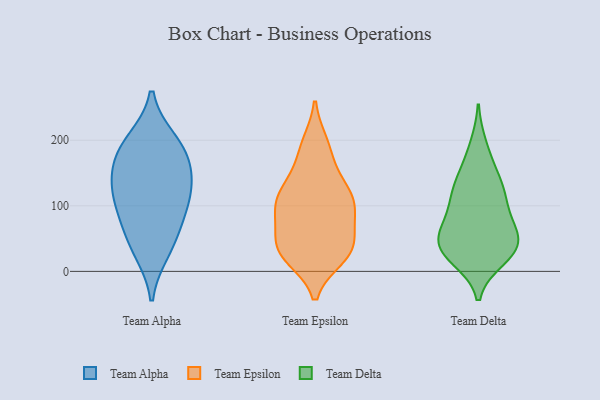
{"axis": {"x": "Humidity (%)", "y": "Value"}, "legend": ["Team Alpha", "Team Delta", "Team Epsilon"], "data": [{"x": "", "y": 32, "type": "Team Alpha"}, {"x": "", "y": 109, "type": "Team Alpha"}, {"x": "", "y": 189, "type": "Team Alpha"}, {"x": "", "y": 49, "type": "Team Alpha"}, {"x": "", "y": 198, "type": "Team Alpha"}, {"x": "", "y": 176, "type": "Team Alpha"}, {"x": "", "y": 83, "type": "Team Alpha"}, {"x": "", "y": 147, "type": "Team Alpha"}, {"x": "", "y": 139, "type": "Team Alpha"}, {"x": "", "y": 111, "type": "Team Alpha"}, {"x": "", "y": 104, "type": "Team Epsilon"}, {"x": "", "y": 79, "type": "Team Epsilon"}, {"x": "", "y": 24, "type": "Team Epsilon"}, {"x": "", "y": 122, "type": "Team Epsilon"}, {"x": "", "y": 121, "type": "Team Epsilon"}, {"x": "", "y": 121, "type": "Team Epsilon"}, {"x": "", "y": 190, "type": "Team Epsilon"}, {"x": "", "y": 39, "type": "Team Epsilon"}, {"x": "", "y": 92, "type": "Team Epsilon"}, {"x": "", "y": 167, "type": "Team Epsilon"}, {"x": "", "y": 92, "type": "Team Epsilon"}, {"x": "", "y": 80, "type": "Team Epsilon"}, {"x": "", "y": 194, "type": "Team Epsilon"}, {"x": "", "y": 39, "type": "Team Epsilon"}, {"x": "", "y": 31, "type": "Team Epsilon"}, {"x": "", "y": 31, "type": "Team Epsilon"}, {"x": "", "y": 22, "type": "Team Epsilon"}, {"x": "", "y": 38, "type": "Team Epsilon"}, {"x": "", "y": 124, "type": "Team Epsilon"}, {"x": "", "y": 74, "type": "Team Delta"}, {"x": "", "y": 191, "type": "Team Delta"}, {"x": "", "y": 51, "type": "Team Delta"}, {"x": "", "y": 36, "type": "Team Delta"}, {"x": "", "y": 126, "type": "Team Delta"}, {"x": "", "y": 28, "type": "Team Delta"}, {"x": "", "y": 71, "type": "Team Delta"}, {"x": "", "y": 131, "type": "Team Delta"}, {"x": "", "y": 20, "type": "Team Delta"}, {"x": "", "y": 32, "type": "Team Delta"}, {"x": "", "y": 119, "type": "Team Delta"}, {"x": "", "y": 112, "type": "Team Delta"}, {"x": "", "y": 42, "type": "Team Delta"}, {"x": "", "y": 78, "type": "Team Delta"}, {"x": "", "y": 36, "type": "Team Delta"}, {"x": "", "y": 161, "type": "Team Delta"}]}